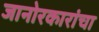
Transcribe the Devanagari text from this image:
जानोरकारांचा